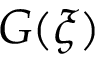
G ( \xi )